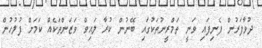
ދުވާފަރުން ފެނިފައި ވަނީ ތަމްރީނުތަކުގައި ބޭނުން ކުރާ ލައިވް ވަޒަންތަކެއް ކަމަށް ފުލުހުން